Vaccination Hyderabad 1872-1889 - 1872-1889
Year: 1872
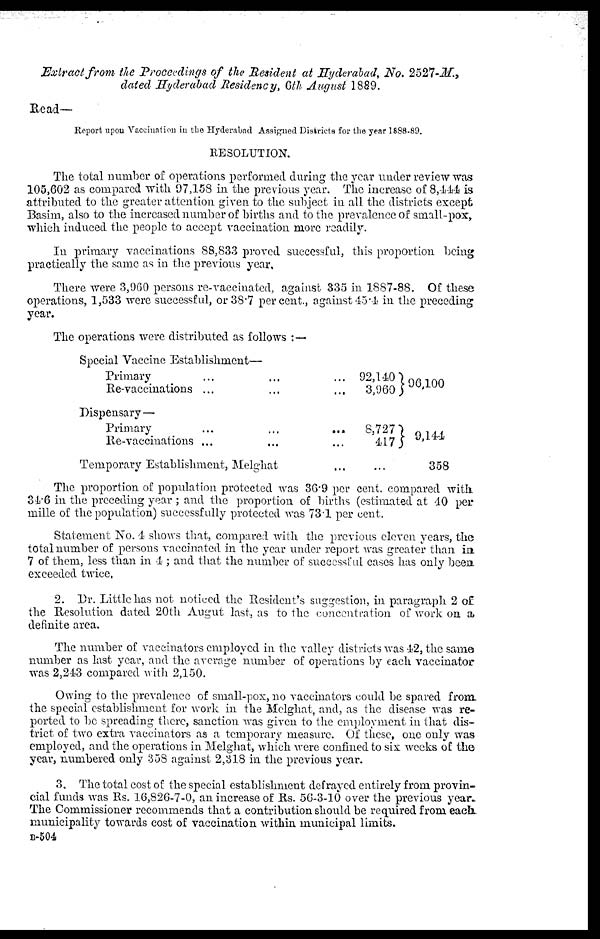
Extract from the Proceedings of the Resident at Hyderabad, No. 2527-M.,
dated Hyderabad Residency, 6th August 1889.
Read—
Report upon Vaccination in the Hyderabad Assigned Districts for the year 1888-89.
RESOLUTION.
The total number of operations performed during the year under review was
105,602 as compared with 97,158 in the previous year. The increase of 8,444 is
attributed to the greater attention given to the subject in all the districts except
Basim, also to the increased number of births and to the prevalence of small-pox,
which induced the people to accept vaccination more readily.
In primary vaccinations 88,833 proved successful, this proportion being
practically the same as in the previous year.
There were 3,960 persons re-vaccinated, against 335 in 1887-88. Of these
operations, 1,533 were successful, or 38.7 per cent., against 45.4 in the preceding
year.
The operations were distributed as follows :—
Special Vaccine Establishment—
Primary ... ... ...
Re-vaccinations ...
...
...
92,140
3,960 96,100
Dispensary—
Primary
...
...
...
Re-vaccinations ... ... ...
8,727
417
9,144
Temporary Establishment, Melghat
...
...
358
The proportion of population protected was 36.9 per cent. compared with
34.6 in the preceding year ; and the proportion of births (estimated at 40 per
mille of the population) successfully protected was 73.1 per cent.
Statement No. 4 shows that, compared with the previous eleven years, the
total number of persons vaccinated in the year under report was greater than in
7 of them, less than in 4 ; and that the number of successful cases has only been
exceeded twice.
2. Dr. Little has not noticed the Resident's suggestion, in paragraph 2 of
the Resolution dated 20th Augut last, as to the concentration of work on a
definite area.
The number of vaccinators employed in the valley districts was 42, the same
number as last year, and the average number of operations by each vaccinator
was 2,243 compared with 2,150.
Owing to the prevalence of small-pox, no vaccinators could be spared from
the special establishment for work in the Melghat, and, as the disease was re-
ported to be spreading there, sanction was given to the employment in that dis-
trict of two extra vaccinators as a temporary measure. Of these, one only was
employed, and the operations in Melghat, which were confined to six weeks of the
year, numbered only 358 against 2,318 in the previous year.
3. The total cost of the special establishment defrayed entirely from provin-
cial funds was Rs. 16,826-7-0, an increase of Rs. 56-3-10 over the previous year.
The Commissioner recommends that a contribution should be required from each.
municipality towards cost of vaccination within municipal limits.
B-504